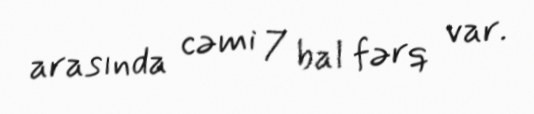
arasında cəmi 7 bal fərq var.